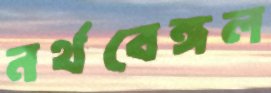
নর্থবেঙ্গল